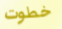
خطوت